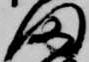
田